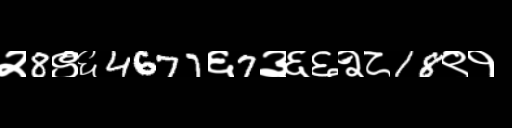
Text: २8९६4677६7३६६२८18९१